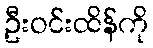
ဦးဝင်းထိန်ကို